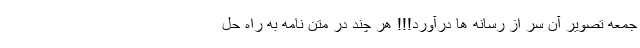
جمعه تصویر آن سر از رسانه ها درآورد!!! هر چند در متن نامه به راه حل